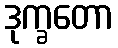
ဒုက္ခတော